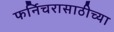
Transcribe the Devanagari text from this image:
फर्निचरासाठीच्या